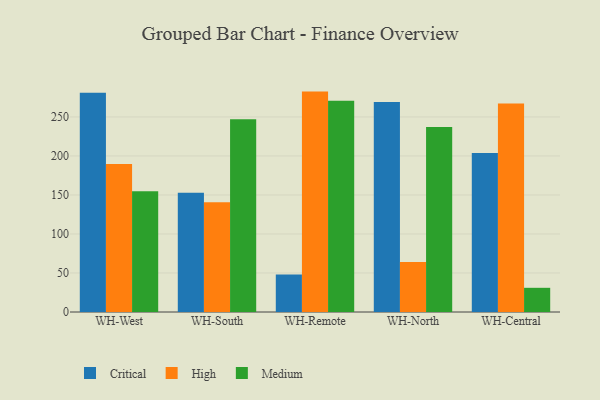
{"axis": {"x": "Warehouse", "y": "Backlog"}, "legend": ["Critical", "High", "Medium"], "data": [{"x": "WH-West", "y": 281.1, "type": "Critical"}, {"x": "WH-West", "y": 189.6, "type": "High"}, {"x": "WH-West", "y": 154.8, "type": "Medium"}, {"x": "WH-South", "y": 152.9, "type": "Critical"}, {"x": "WH-South", "y": 140.7, "type": "High"}, {"x": "WH-South", "y": 247.0, "type": "Medium"}, {"x": "WH-Remote", "y": 48.2, "type": "Critical"}, {"x": "WH-Remote", "y": 282.5, "type": "High"}, {"x": "WH-Remote", "y": 270.8, "type": "Medium"}, {"x": "WH-North", "y": 269.3, "type": "Critical"}, {"x": "WH-North", "y": 64.0, "type": "High"}, {"x": "WH-North", "y": 237.2, "type": "Medium"}, {"x": "WH-Central", "y": 203.8, "type": "Critical"}, {"x": "WH-Central", "y": 267.4, "type": "High"}, {"x": "WH-Central", "y": 31.0, "type": "Medium"}]}